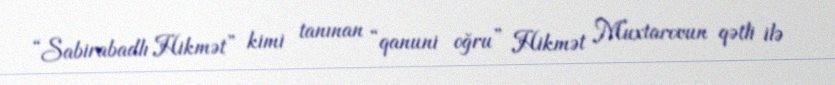
“Sabirabadlı Hikmət” kimi tanınan “qanuni oğru” Hikmət Muxtarovun qətli ilə